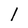
Character: l